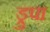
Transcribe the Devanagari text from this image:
ड्रुपा